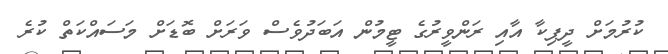
ކުރުމަށް ދީޕިކާ އާއި ރަންވީރުގެ ޓީމުން އަބަދުވެސް ވަރަށް ބޮޑަށް މަސައްކަތް ކުރެ